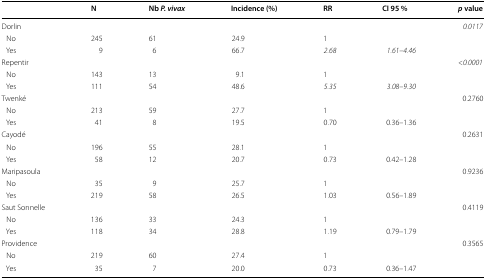
<table><thead><tr><td></td><td><b>N</b></td><td><b>Nb <i>P. vivax</i></b></td><td><b>Incidence (%)</b></td><td><b>RR</b></td><td><b>CI 95 %</b></td><td><b><i>p</i> value</b></td></tr></thead><tbody><tr><td>Dorlin</td><td></td><td></td><td></td><td></td><td></td><td><i>0.0117</i></td></tr><tr><td> No</td><td>245</td><td>61</td><td>24.9</td><td>1</td><td></td><td></td></tr><tr><td> Yes</td><td>9</td><td>6</td><td>66.7</td><td><i>2.68</i></td><td><i>1.61–4.46</i></td><td></td></tr><tr><td>Repentir</td><td></td><td></td><td></td><td></td><td></td><td><i>&lt;0.0001</i></td></tr><tr><td> No</td><td>143</td><td>13</td><td>9.1</td><td>1</td><td></td><td></td></tr><tr><td> Yes</td><td>111</td><td>54</td><td>48.6</td><td><i>5.35</i></td><td><i>3.08–9.30</i></td><td></td></tr><tr><td>Twenké</td><td></td><td></td><td></td><td></td><td></td><td>0.2760</td></tr><tr><td> No</td><td>213</td><td>59</td><td>27.7</td><td>1</td><td></td><td></td></tr><tr><td> Yes</td><td>41</td><td>8</td><td>19.5</td><td>0.70</td><td>0.36–1.36</td><td></td></tr><tr><td>Cayodé</td><td></td><td></td><td></td><td></td><td></td><td>0.2631</td></tr><tr><td> No</td><td>196</td><td>55</td><td>28.1</td><td>1</td><td></td><td></td></tr><tr><td> Yes</td><td>58</td><td>12</td><td>20.7</td><td>0.73</td><td>0.42–1.28</td><td></td></tr><tr><td>Maripasoula</td><td></td><td></td><td></td><td></td><td></td><td>0.9236</td></tr><tr><td> No</td><td>35</td><td>9</td><td>25.7</td><td>1</td><td></td><td></td></tr><tr><td> Yes</td><td>219</td><td>58</td><td>26.5</td><td>1.03</td><td>0.56–1.89</td><td></td></tr><tr><td>Saut Sonnelle</td><td></td><td></td><td></td><td></td><td></td><td>0.4119</td></tr><tr><td> No</td><td>136</td><td>33</td><td>24.3</td><td>1</td><td></td><td></td></tr><tr><td> Yes</td><td>118</td><td>34</td><td>28.8</td><td>1.19</td><td>0.79–1.79</td><td></td></tr><tr><td>Providence</td><td></td><td></td><td></td><td></td><td></td><td>0.3565</td></tr><tr><td> No</td><td>219</td><td>60</td><td>27.4</td><td>1</td><td></td><td></td></tr><tr><td> Yes</td><td>35</td><td>7</td><td>20.0</td><td>0.73</td><td>0.36–1.47</td><td></td></tr></tbody></table>